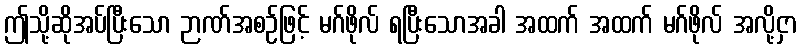
ဤသို့ဆိုအပ်ပြီးသော ဉာဏ်အစဉ်ဖြင့် မဂ်ဖိုလ် ရပြီးသောအခါ အထက် အထက် မဂ်ဖိုလ် အလို့ငှာ